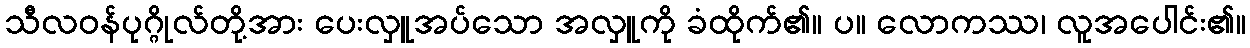
သီလဝန်ပုဂ္ဂိုလ်တို့အား ပေးလှူအပ်သော အလှူကို ခံထိုက်၏။ ပ။ လောကဿ၊ လူအပေါင်း၏။